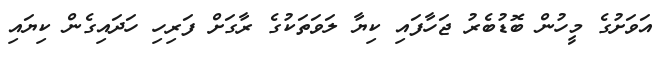
އަވަށުގެ މީހުން ބޮޑުބެރު ޖަހާފައި ކިޔާ ލަވަތަކުގެ ރާގަށް ފަރިހި ހަދައިގެން ކިޔައި